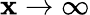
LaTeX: \mathbf{x}\rightarrow\infty